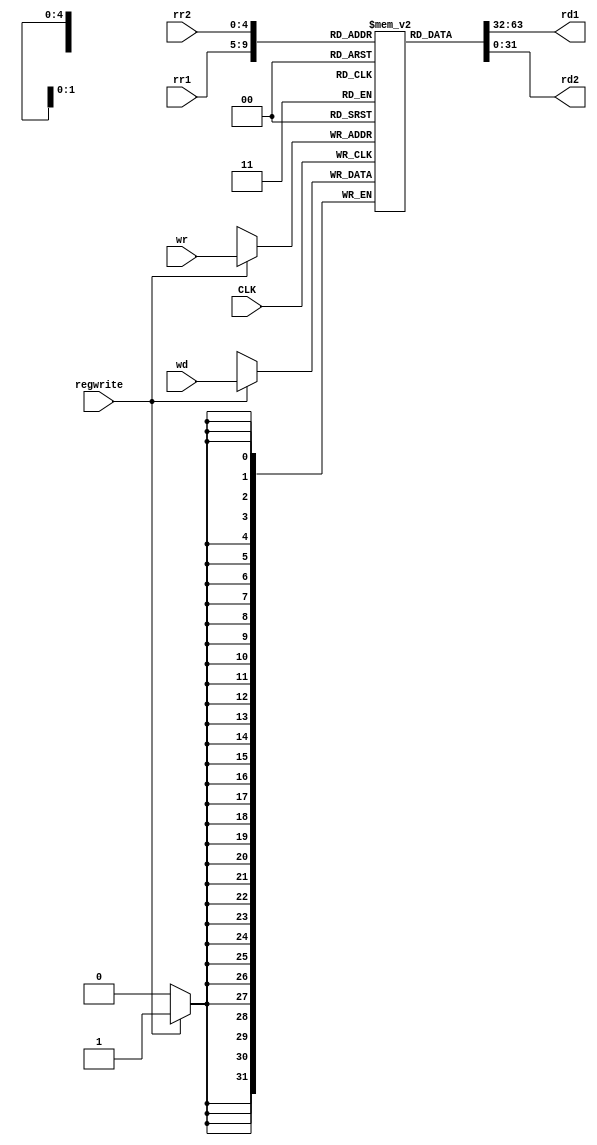
module registers(rr1, rr2, wr, wd, rd1, rd2, CLK, regwrite);
	input [4:0] rr1, rr2, wr;
	input [31:0] wd;
	
	input CLK, regwrite;
	
	output [31:0] rd1, rd2;
	
	reg [31:0] register[31:0];

	assign rd1 = register[rr1];
	assign rd2 = register[rr2];
	
	always @(posedge CLK) begin
		if(regwrite) register[wr] <= wd;
	end

endmodule